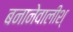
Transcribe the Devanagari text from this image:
बनानेवालीश्